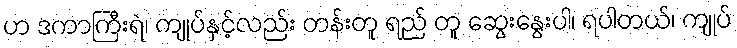
ဟ ဒကာကြီးရဲ၊ ကျုပ်နှင့်လည်း တန်းတူ ရည် တူ ဆွေးနွေးပါ၊ ရပါတယ်၊ ကျုပ်